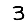
Digit: 3